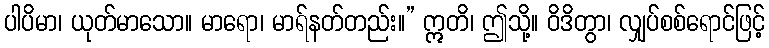
ပါပိမာ၊ ယုတ်မာသော။ မာရော၊ မာရ်နတ်တည်း။” ဣတိ၊ ဤသို့။ ဝိဒိတွာ၊ လျှပ်စစ်ရောင်ဖြင့်